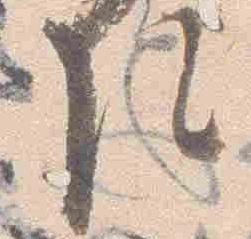
院